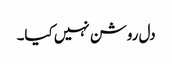
دل روشن نہیں کیا۔